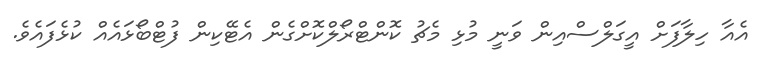
އެއާ ހިލާފަށް އީގަލްސްއިން ވަނީ މުޅި މެޗު ކޮންޓްރޯލްކޮށްގެން އެޓޭކިން ފުޓްބޯޅައެއް ކުޅެފައެވެ.